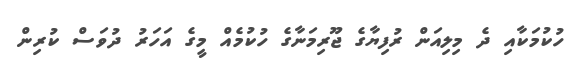
ހުކުމަކާއި ދެ މިލިއަން ރުފިޔާގެ ޖޫރިމަނާގެ ހުކުމެއް މީގެ އަހަރު ދުވަސް ކުރިން